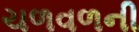
ચળવળની